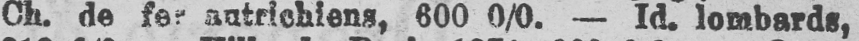
Ch. de fer autrichiens, 600 0/0. - Id. lombards,